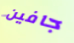
جافين